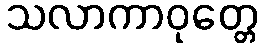
သလာကာဝုတ္တေ